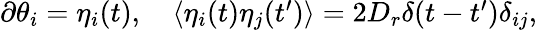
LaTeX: \begin{array}{r}{\partial\theta_{i}=\eta_{i}(t),\quad\left\langle\eta_{i}(t)\eta_{j}(t^{\prime})\right\rangle=2D_{r}\delta(t-t^{\prime})\delta_{ij},}\end{array}